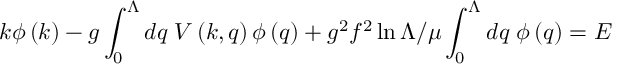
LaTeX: k \phi \left( k \right) - g \int _ { 0 } ^ { \Lambda } d q \; V \left( k , q \right) \phi \left( q \right) + g ^ { 2 } f ^ { 2 } \ln \Lambda / \mu \int _ { 0 } ^ { \Lambda } d q \; \phi \left( q \right) = E